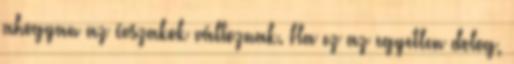
ahogyan az évszakok változnak. Ha ez az egyetlen dolog,